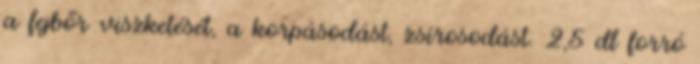
a fejbőr viszketését, a korpásodást, zsírosodást. 2,5 dl forró